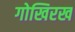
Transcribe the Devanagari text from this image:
गोखिरख